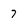
Character: 7